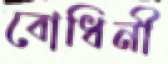
বোধিনী